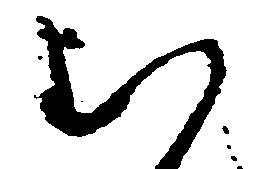
む